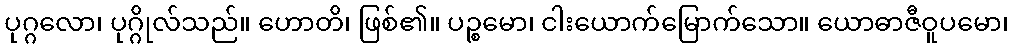
ပုဂ္ဂလော၊ ပုဂ္ဂိုလ်သည်။ ဟောတိ၊ ဖြစ်၏။ ပဉ္စမော၊ ငါးယောက်မြောက်သော။ ယောဓာဇီဝူပမော၊